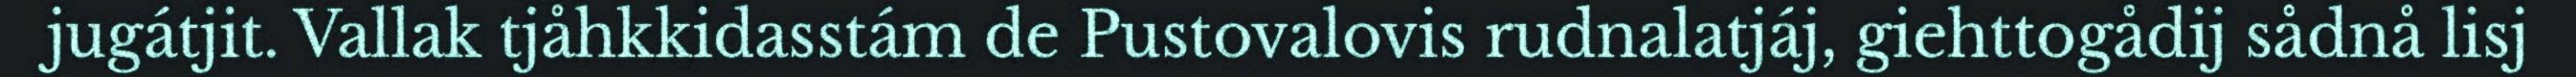
jugátjit. Vallak tjåhkkidasstám de Pustovalovis rudnalatjáj, giehttogådij sådnå lisj